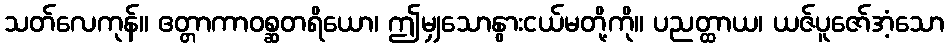
သတ်လေကုန်။ ဧတ္တာကာဝစ္ဆတရိယော၊ ဤမျှသောနွားငယ်မတို့ကို။ ပညတ္ထာယ၊ ယဇ်ပူဇော်အံ့သော